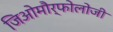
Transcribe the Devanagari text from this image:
जिओमौर्फोलोजी